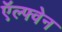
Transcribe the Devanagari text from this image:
ऍल्फ्वेन